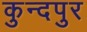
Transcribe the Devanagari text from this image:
कुन्दपुर